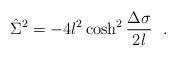
\begin{align*}\hat{\Sigma}^2=-4l^2\cosh^2{\Delta\sigma \over 2l}~~.\end{align*}